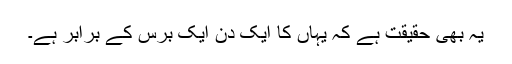
یہ بھی حقیقت ہے کہ یہاں کا ایک دن ایک برس کے برابر ہے۔